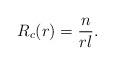
LaTeX: \begin{align*} R_c(r) = \frac{n}{rl}.\end{align*}